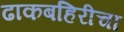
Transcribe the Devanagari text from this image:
ढाकबहिरीचा